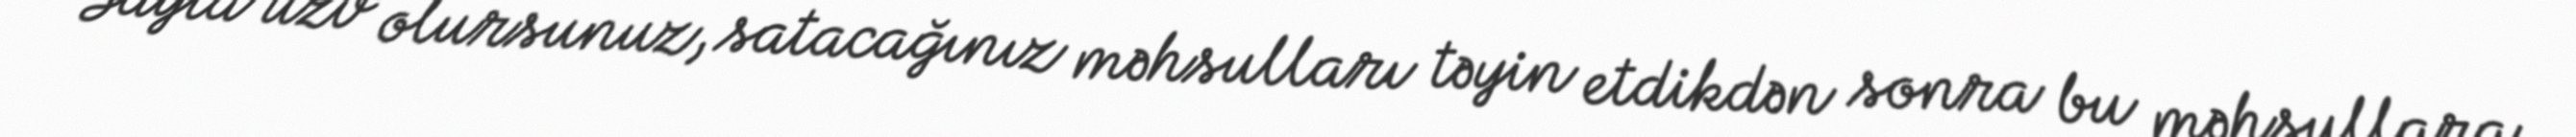
Sayta üzv olursunuz, satacağınız məhsulları təyin etdikdən sonra bu məhsullara